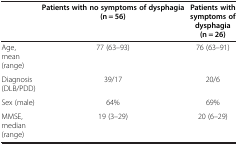
|  | Patients with no symptoms of dysphagia (n = 56) | Patients with symptoms of dysphagia (n = 26) |
 | --- | --- | --- |
 | Age, mean (range) | 77 (63–93) | 76 (63–91) |
 | Diagnosis (DLB/PDD) | 39/17 | 20/6 |
 | Sex (male) | 64% | 69% |
 | MMSE, median (range) | 19 (3–29) | 20 (6–29) |